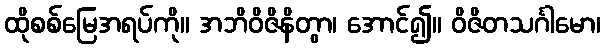
ထိုစစ်မြေအရပ်ကို။ အဘိဝိဇိနိတွာ၊ အောင်၍။ ဝိဇိတသင်္ဂါမော၊